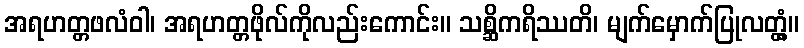
အရဟတ္တဖလံဝါ၊ အရဟတ္တဖိုလ်ကိုလည်းကောင်း။ သစ္ဆိကရိဿတိ၊ မျက်မှောက်ပြုလတ္တံ့။